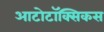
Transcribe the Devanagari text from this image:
आटोटॉक्सिकस